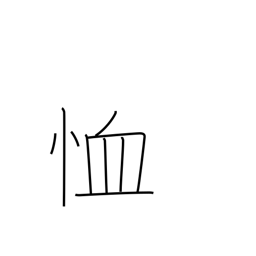
Meaning: have mercy